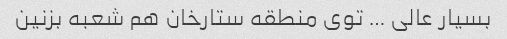
بسیار عالی … توی منطقه ستارخان هم شعبه بزنین